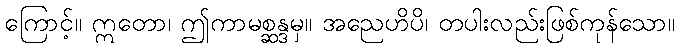
ကြောင့်။ ဣတော၊ ဤကာမစ္ဆန္ဒမှ။ အညေဟိပိ၊ တပါးလည်းဖြစ်ကုန်သော။